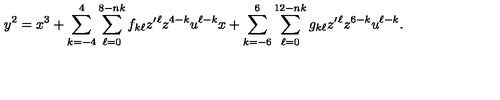
y ^ { 2 } = x ^ { 3 } + \sum _ { k = - 4 } ^ { 4 } \sum _ { \ell = 0 } ^ { 8 - n k } f _ { k \ell } z ^ { \prime } { } ^ { \ell } z ^ { 4 - k } u ^ { \ell - k } x + \sum _ { k = - 6 } ^ { 6 } \sum _ { \ell = 0 } ^ { 1 2 - n k } g _ { k \ell } z ^ { \prime } { } ^ { \ell } z ^ { 6 - k } u ^ { \ell - k } .